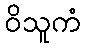
ဝိသူကံ